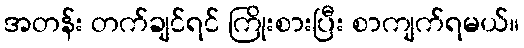
အတန်း တက်ချင်ရင် ကြိုးစားပြီး စာကျက်ရမယ်။